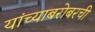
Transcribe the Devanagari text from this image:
यांच्याबरोबरची